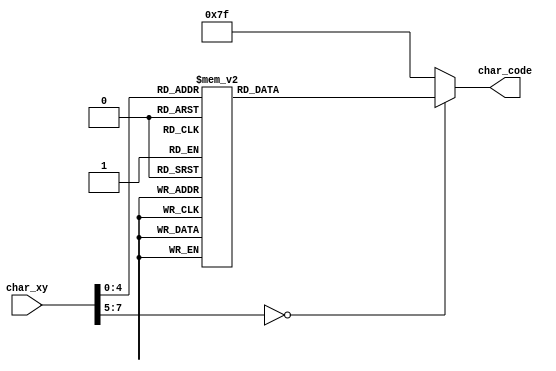
`timescale 1ns / 1ps


module Game_Over_Text_Rom(
    input wire [7:0] char_xy,
    output reg [6:0] char_code 
    );

    always@*
            case(char_xy) 
                8'h00: char_code = 7'h47; // G
                8'h01: char_code = 7'h61; // a
                8'h02: char_code = 7'h6d; // m
                8'h03: char_code = 7'h65; // e
                8'h04: char_code = 7'h20; // 
                8'h05: char_code = 7'h4f; // O   
                8'h06: char_code = 7'h76; // v
                8'h07: char_code = 7'h65; // e
                8'h08: char_code = 7'h72; // r
                8'h10: char_code = 7'h57; // W
                8'h11: char_code = 7'h69; // i
                8'h12: char_code = 7'h6e; // n
                8'h13: char_code = 7'h6e; // n
                8'h14: char_code = 7'h65; // e
                8'h15: char_code = 7'h72; // r
                8'h16: char_code = 7'h7c; // :
                default:char_code = 7'h7f;
            endcase
    

endmodule